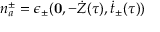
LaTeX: n _ { a } ^ { \pm } = \epsilon _ { \pm } ( { \bf 0 } , - \dot { Z } ( \tau ) , \dot { t } _ { \pm } ( \tau ) )